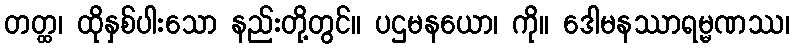
တတ္ထ၊ ထိုနှစ်ပါးသော နည်းတို့တွင်။ ပဌမနယော၊ ကို။ ဒေါမနဿာရမ္မဏဿ၊